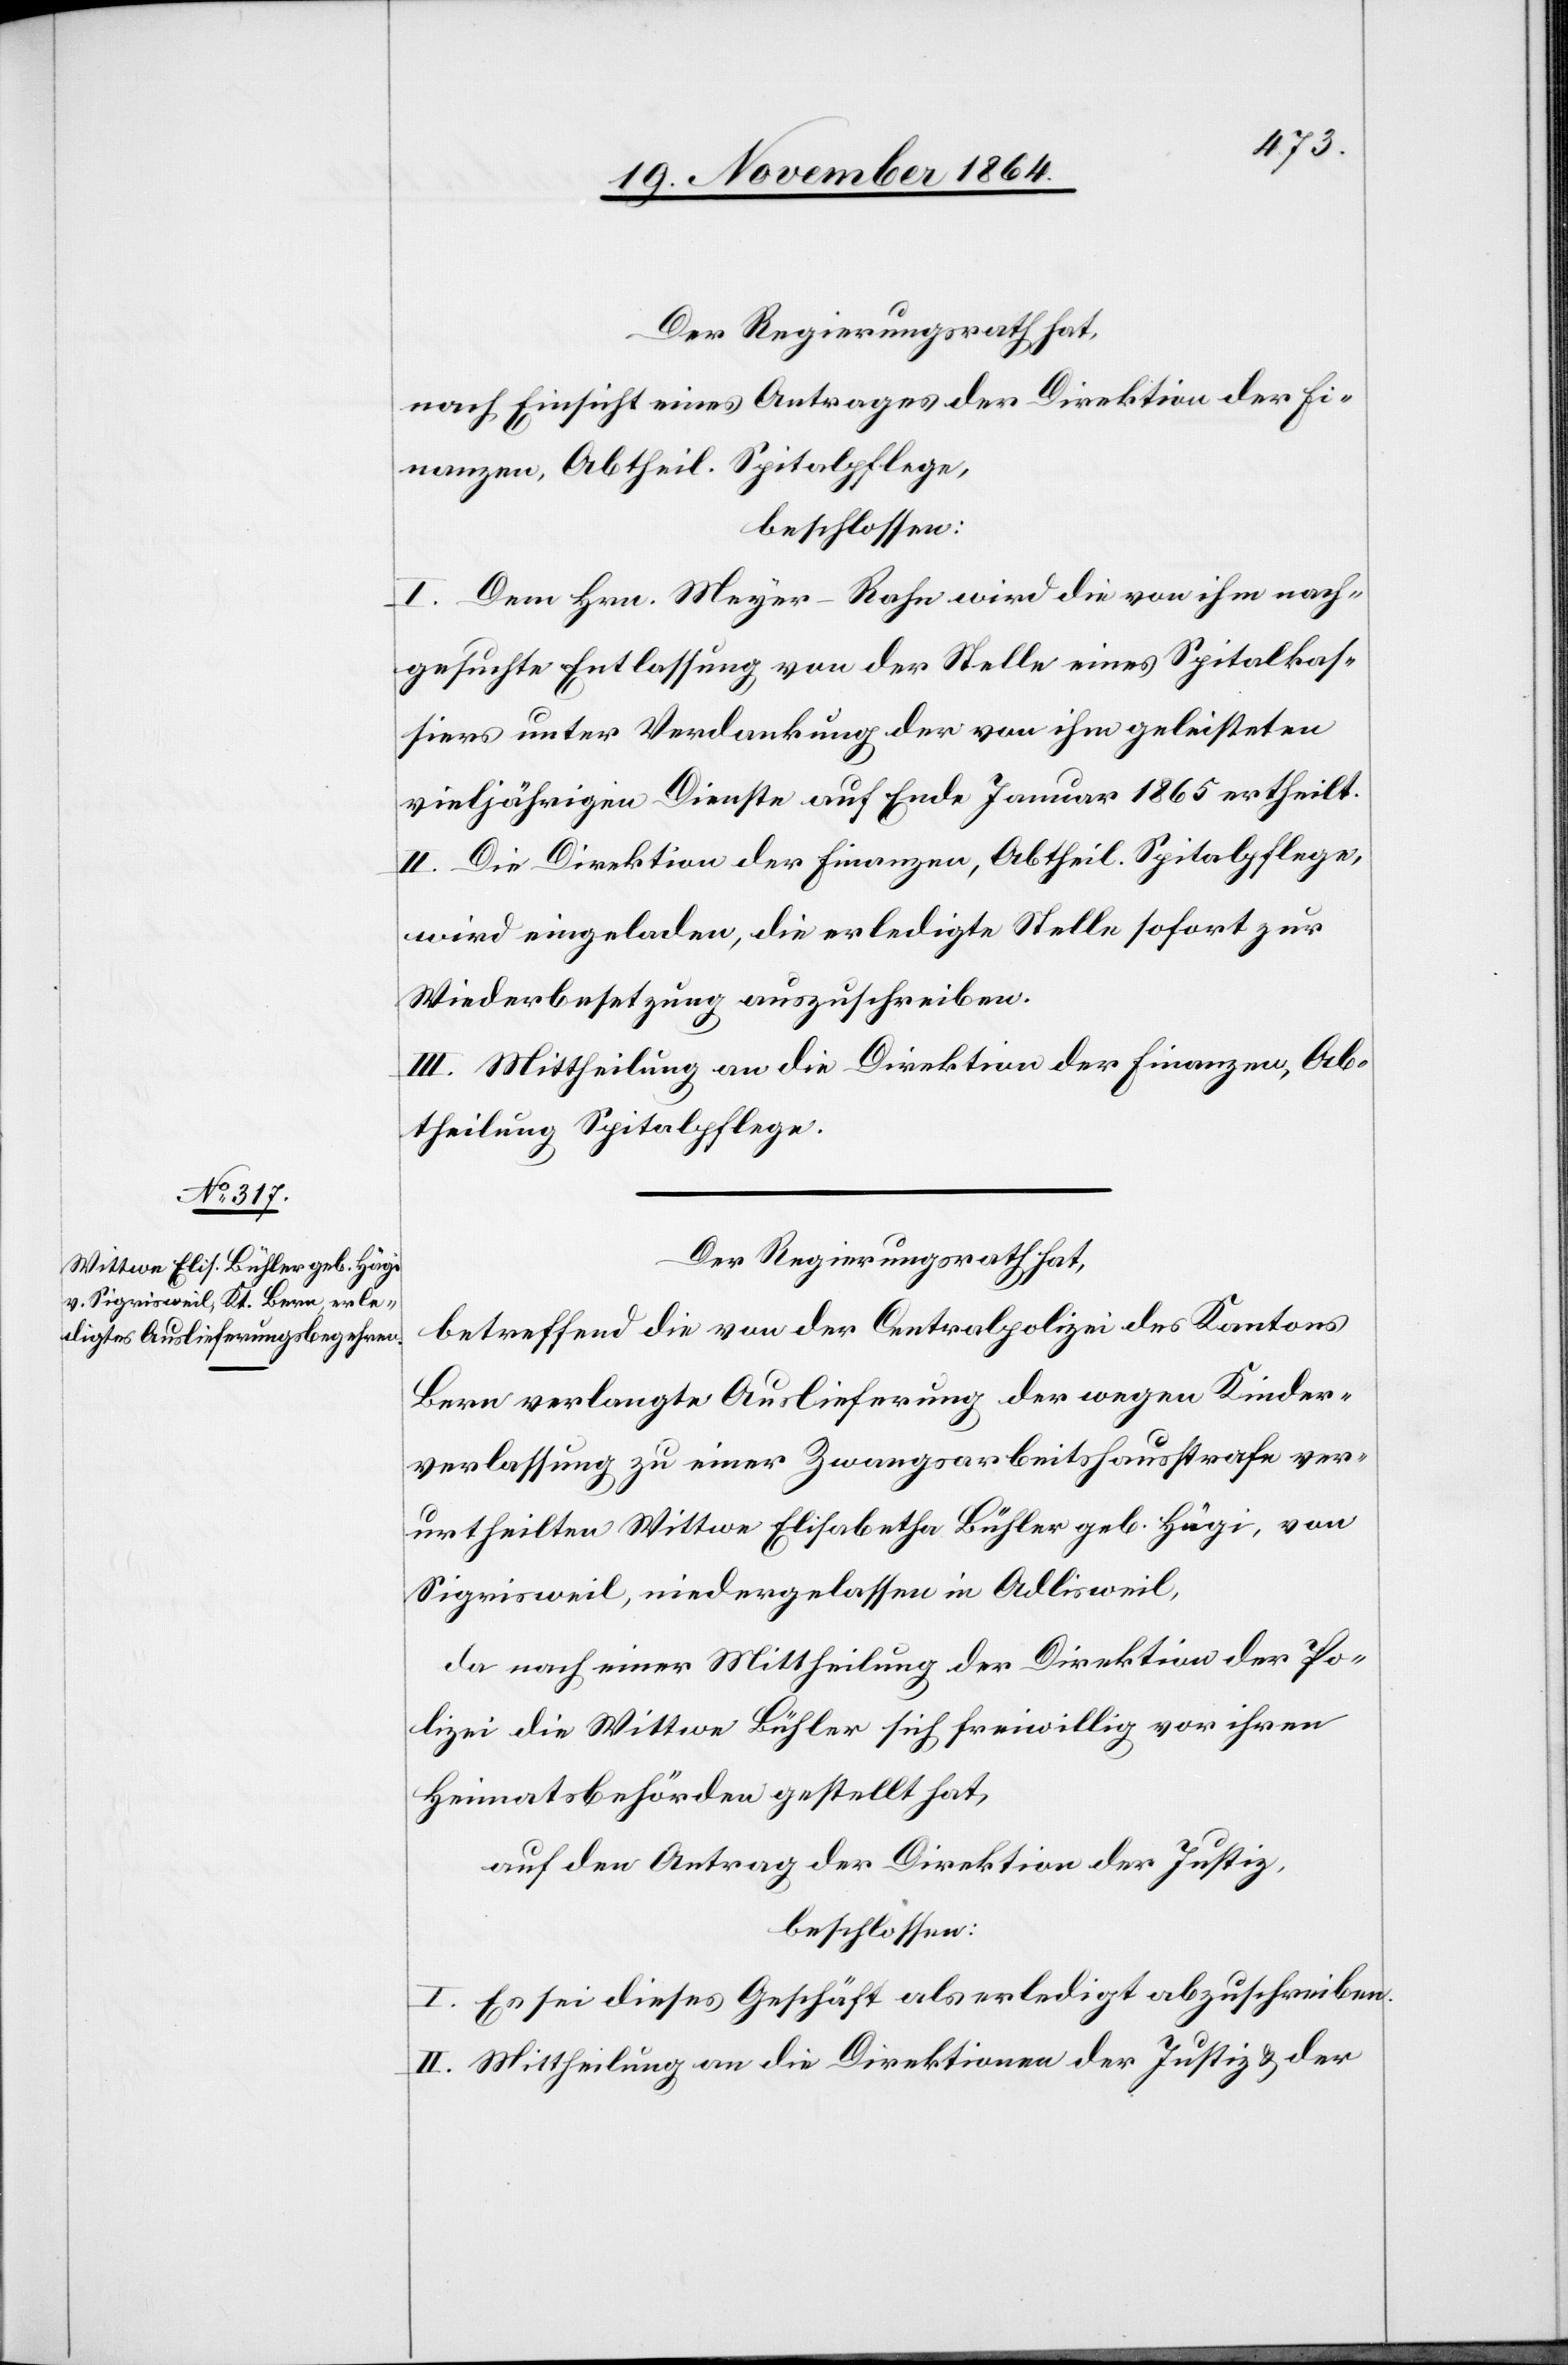
Der Regierungsrath hat,
nach Einsicht eines Antrages der Direktion der Fi¬
nanzen, Abtheil. Spitalpflege,
beschlossen:
I. Dem Hrn. Meyer-Rahn wird die von ihm nach¬
gesuchte Entlassung von der Stelle eines Spitalkas¬
siers unter Verdankung der von ihm geleisteten
vieljährigen Dienste auf Ende Januar 1865 ertheilt.
II. Die Direktion der Finanzen, Abtheil. Spitalpflege,
wird eingeladen, die erledigte Stelle sofort zur
Wiederbesetzung auszuschreiben.
III. Mittheilung an die Direktion der Finanzen, Ab¬
theilung Spitalpflege.
Der Regierungsrath hat,
betreffend die von der Centralpolizei des Kantons
Bern verlangte Auslieferung der wegen Kinder¬
verlassung zu einer Zwangsarbeitshausstrafe ver¬
urtheilten Wittwe Elisabetha Bühler geb. Hägi, von
Sigrisweil, niedergelassen in Adlisweil,
da nach einer Mittheilung der Direktion der Fi¬
nanzen die Wittwe Bühler sich freiwillig vor ihren
Heimatsbehörden gestellt hat,
auf den Antrag der Direktion der Justiz,
beschlossen:
I. Es sei dieses Geschäft als erledigt abzuschreiben.
II. Mittheilung an die Direktionen der Justiz & der